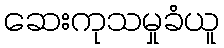
ဆေးကုသမှုခံယူ